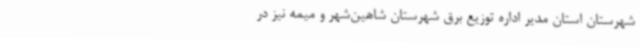
شهرستان استان مدیر اداره توزیع برق شهرستان شاهین‌شهر و میمه نیز در